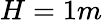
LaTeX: H=1m